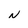
Character: N